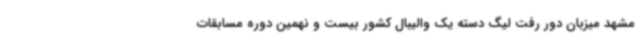
مشهد میزبان دور رفت لیگ دسته یک والیبال کشور بیست و نهمین دوره مسابقات